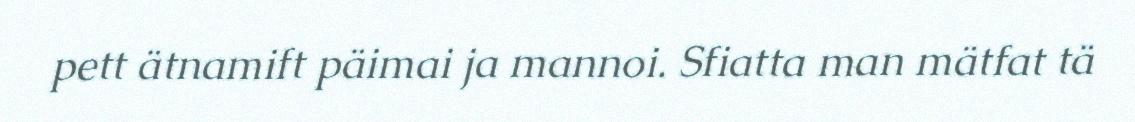
pett ätnamift päimai ja mannoi. Sfiatta man mätfat tä